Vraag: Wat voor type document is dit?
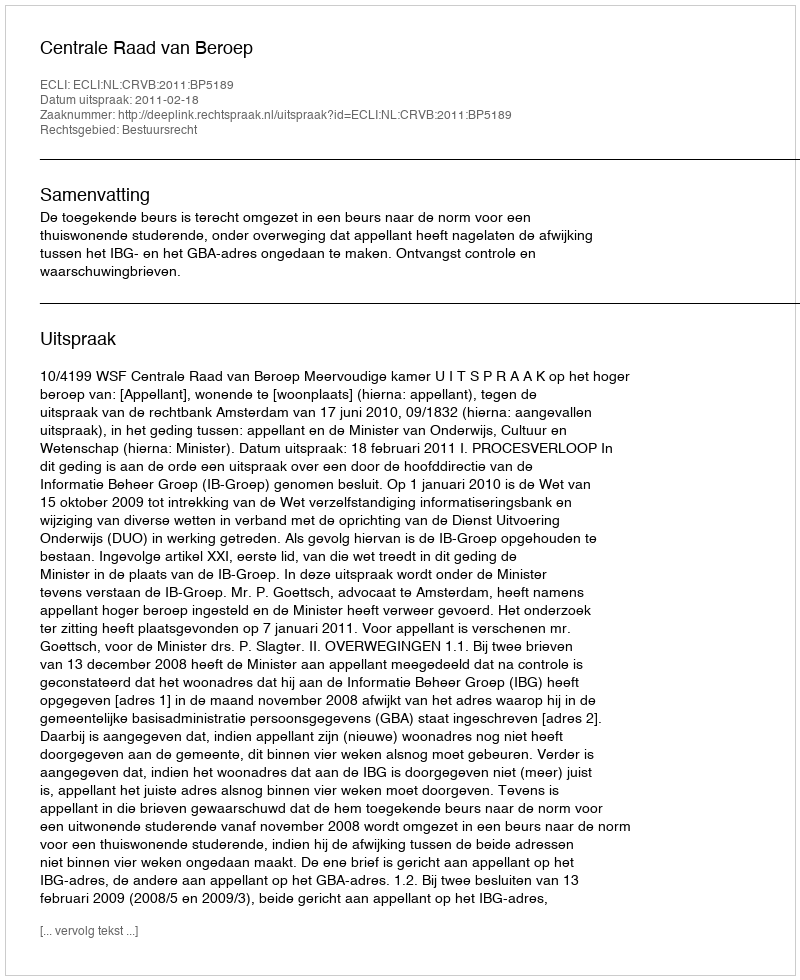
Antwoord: Uitspraak